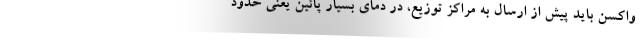
واکسن باید پیش از ارسال به مراکز توزیع، در دمای بسیار پائین یعنی حدود